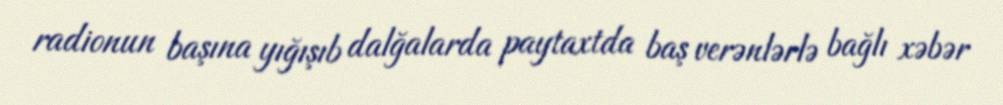
radionun başına yığışıb dalğalarda paytaxtda baş verənlərlə bağlı xəbər